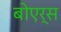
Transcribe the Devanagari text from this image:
बोएर्स